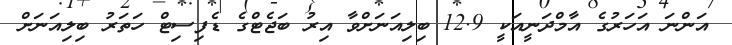
އަންނަ އަހަރުގެ އާމްދަނީއަކީ 12.9 ބިލިއަނަށްވާ އިރު ބަޖެޓްގެ ޑެފިސިޓް ހަތަރު ބިލިއަނަށް